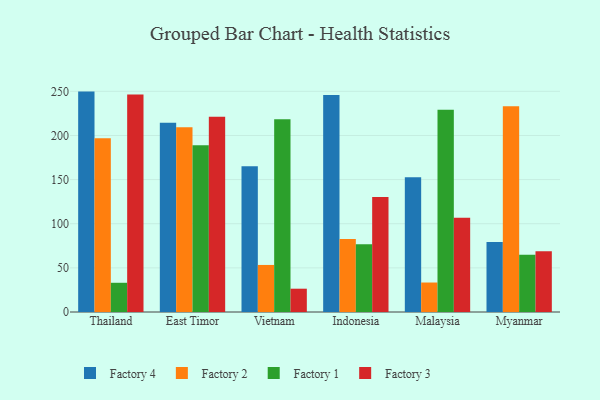
{"axis": {"x": "Country", "y": "Conversion Rate (%)"}, "legend": ["Factory 1", "Factory 2", "Factory 3", "Factory 4"], "data": [{"x": "Thailand", "y": 249.7, "type": "Factory 4"}, {"x": "Thailand", "y": 196.9, "type": "Factory 2"}, {"x": "Thailand", "y": 33.1, "type": "Factory 1"}, {"x": "Thailand", "y": 246.3, "type": "Factory 3"}, {"x": "East Timor", "y": 214.4, "type": "Factory 4"}, {"x": "East Timor", "y": 209.4, "type": "Factory 2"}, {"x": "East Timor", "y": 189.0, "type": "Factory 1"}, {"x": "East Timor", "y": 221.2, "type": "Factory 3"}, {"x": "Vietnam", "y": 165.0, "type": "Factory 4"}, {"x": "Vietnam", "y": 53.3, "type": "Factory 2"}, {"x": "Vietnam", "y": 218.3, "type": "Factory 1"}, {"x": "Vietnam", "y": 26.4, "type": "Factory 3"}, {"x": "Indonesia", "y": 245.8, "type": "Factory 4"}, {"x": "Indonesia", "y": 82.6, "type": "Factory 2"}, {"x": "Indonesia", "y": 76.7, "type": "Factory 1"}, {"x": "Indonesia", "y": 130.2, "type": "Factory 3"}, {"x": "Malaysia", "y": 152.8, "type": "Factory 4"}, {"x": "Malaysia", "y": 33.4, "type": "Factory 2"}, {"x": "Malaysia", "y": 229.2, "type": "Factory 1"}, {"x": "Malaysia", "y": 106.8, "type": "Factory 3"}, {"x": "Myanmar", "y": 79.3, "type": "Factory 4"}, {"x": "Myanmar", "y": 233.1, "type": "Factory 2"}, {"x": "Myanmar", "y": 64.9, "type": "Factory 1"}, {"x": "Myanmar", "y": 68.9, "type": "Factory 3"}]}